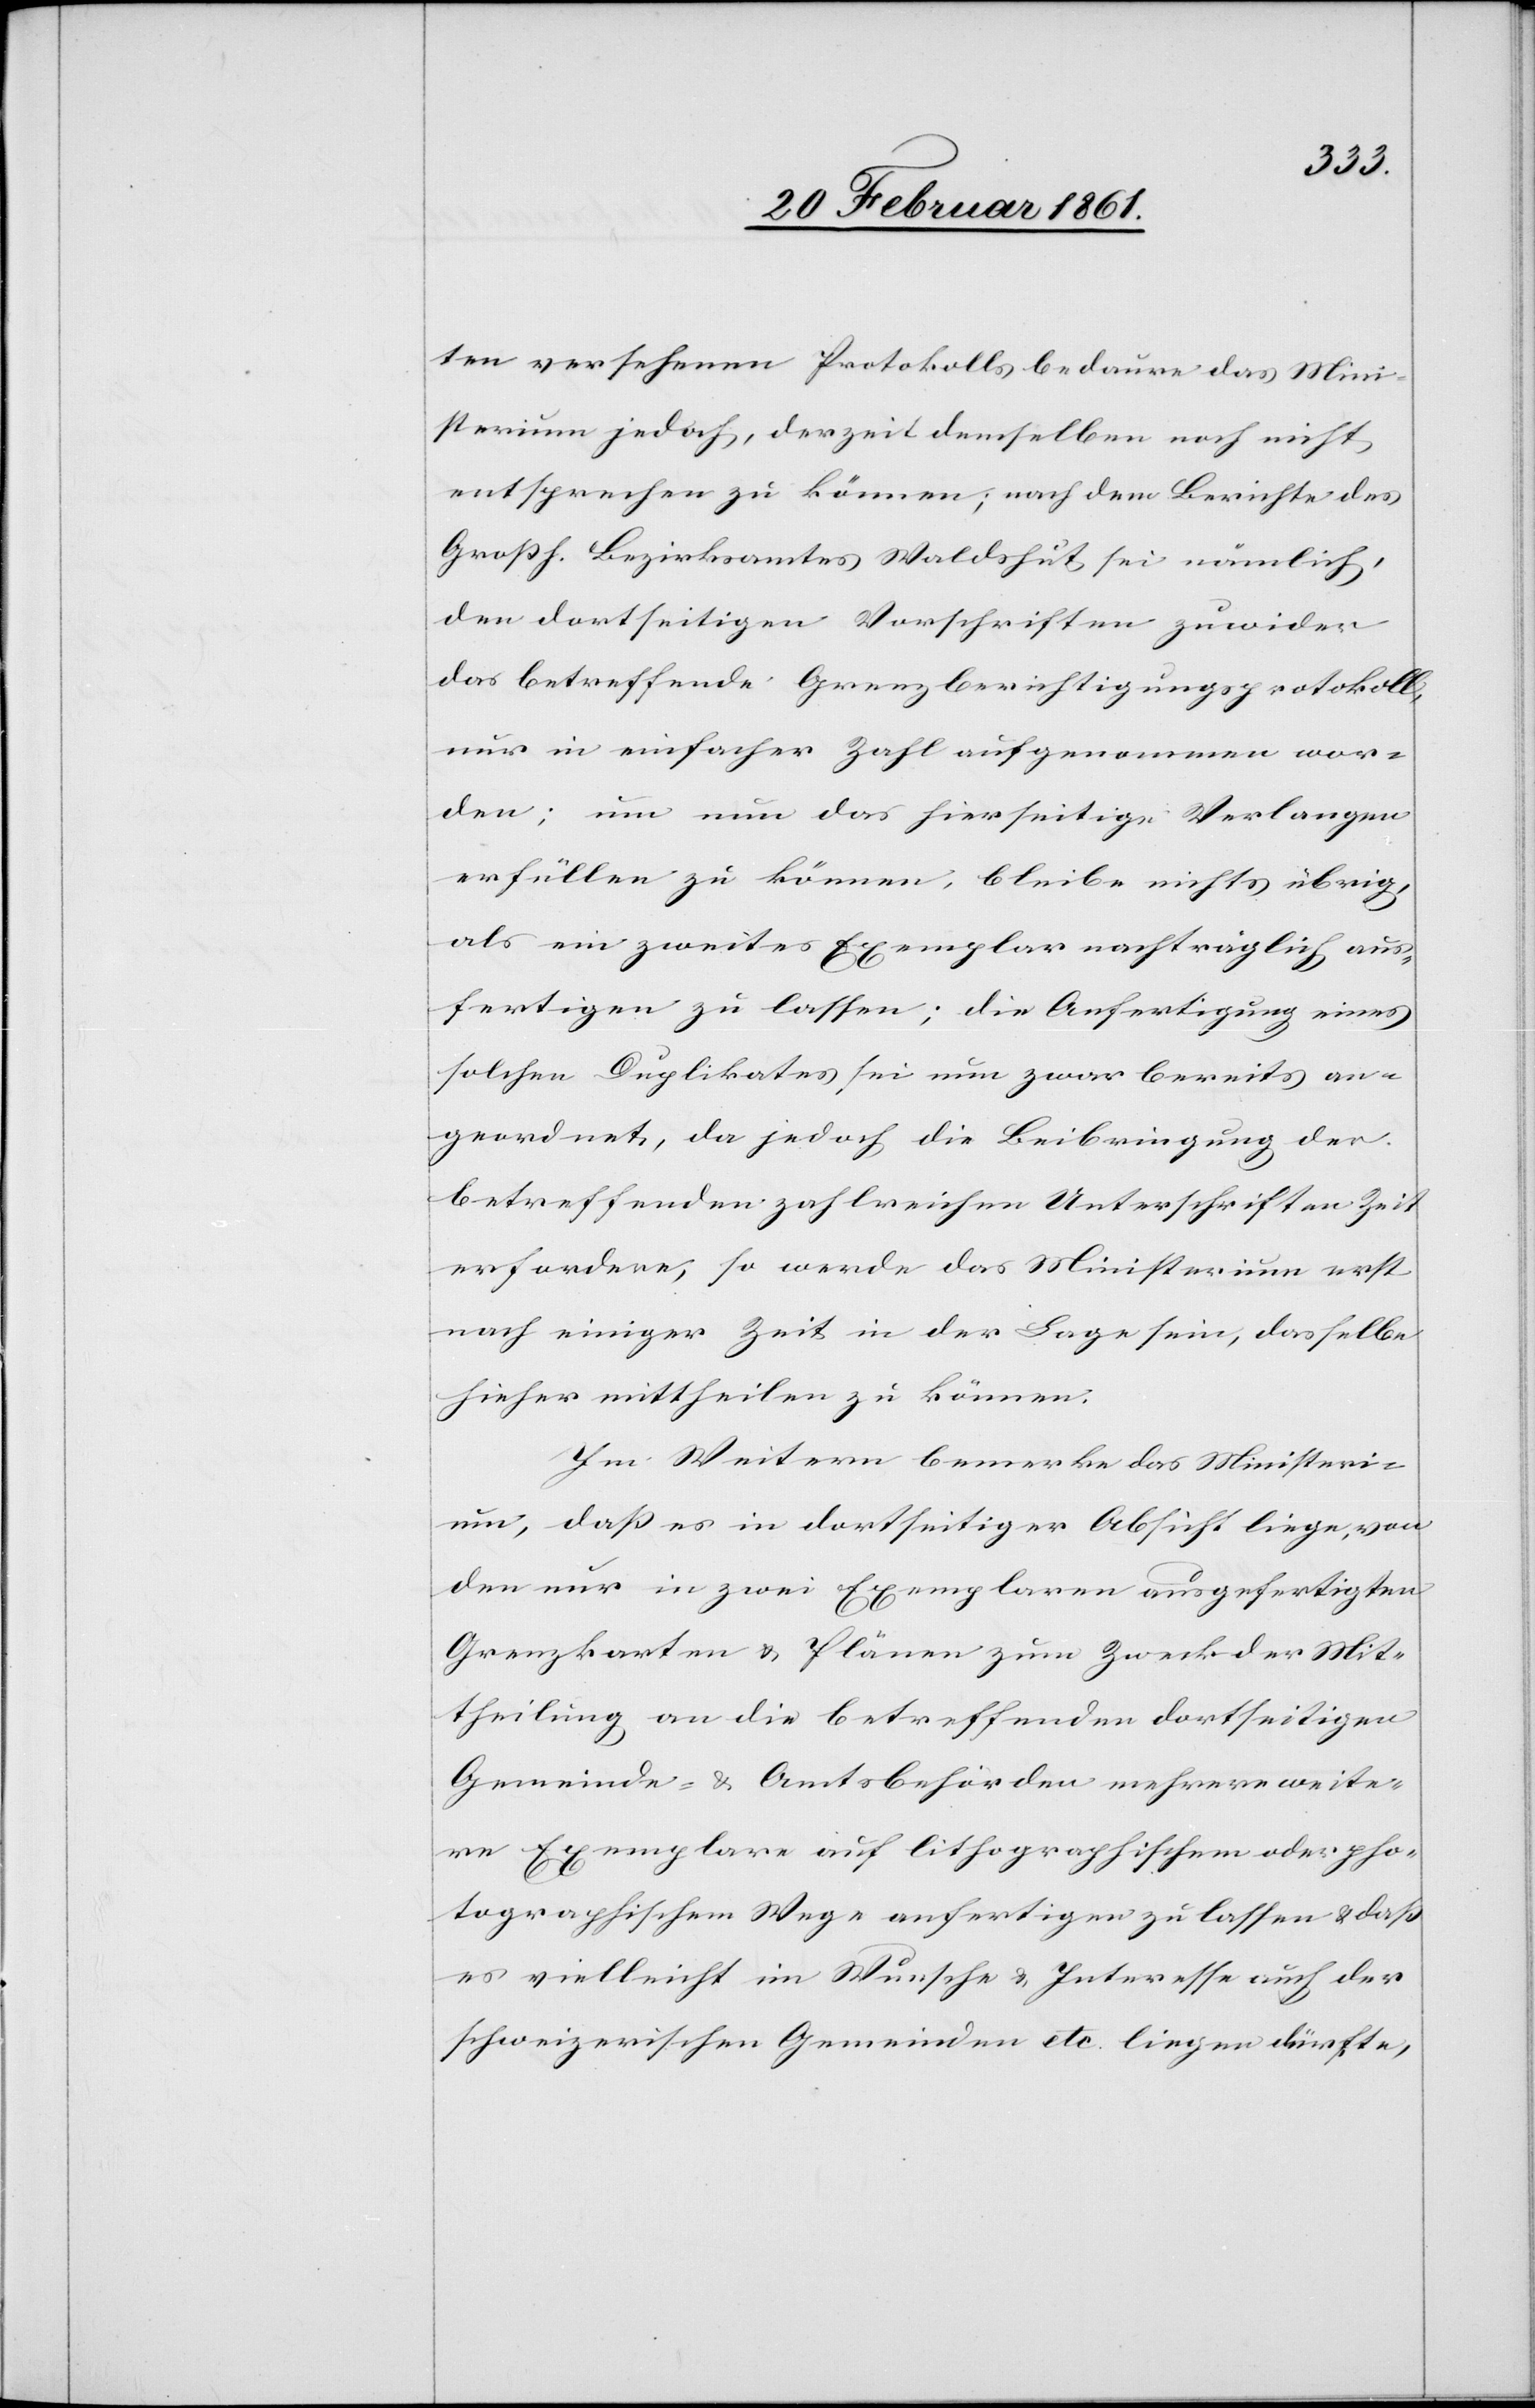
ten versehenen Protokolls bedaure das Mini¬
sterium jedoch, derzeit denselben noch nicht
entsprechen zu können; nach dem Berichte des
Grossh. Bezirksamtes Waldshut sei nämlich,
den dortseitigen Vorschriften zuwider
das betreffende Grenzberichtigungsprotokoll,
nur in einfacher Zahl aufgenommen wor¬
den; um nun das hierseitige Verlangen
erfüllen zu können, bleibe nichts übrig,
als ein zweites Exemplar nachträglich aus¬
fertigen zu lassen; die Anfertigung eines
solchen Duplikates sei nun zwar bereits an¬
geordnet, da jedoch die Beibringung der
betreffenden zahlreichen Unterschriften Zeit
erfordere, so werde das Ministerium erst
nach einiger Zeit in der Lage sein, dasselbe
hieher mittheilen zu können.
Im Weitern bemerke das Ministeri¬
um, daß es in dortseitiger Absicht liege, von
den nur in zwei Exemplaren ausgefertigten
Grenzkarten u. Plänen zum Zweck der Mit¬
theilung an die betreffenden dortseitigen
Gemeinde- u. Amtsbehörden mehrere weite¬
re Exemplare auf lithographischem oder pho¬
tographischem Wege anfertigen zu lassen u. dass
es vielleicht im Wunsche u. Interesse auch der
schweizerischen Gemeinden etc. liegen dürfte,